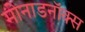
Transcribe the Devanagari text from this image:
मोनाडनॉक्स